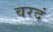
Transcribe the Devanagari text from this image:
वरदं